65_HS1-834228961_62-HQ-83894_Section_1
Agency: FBI
Page 62
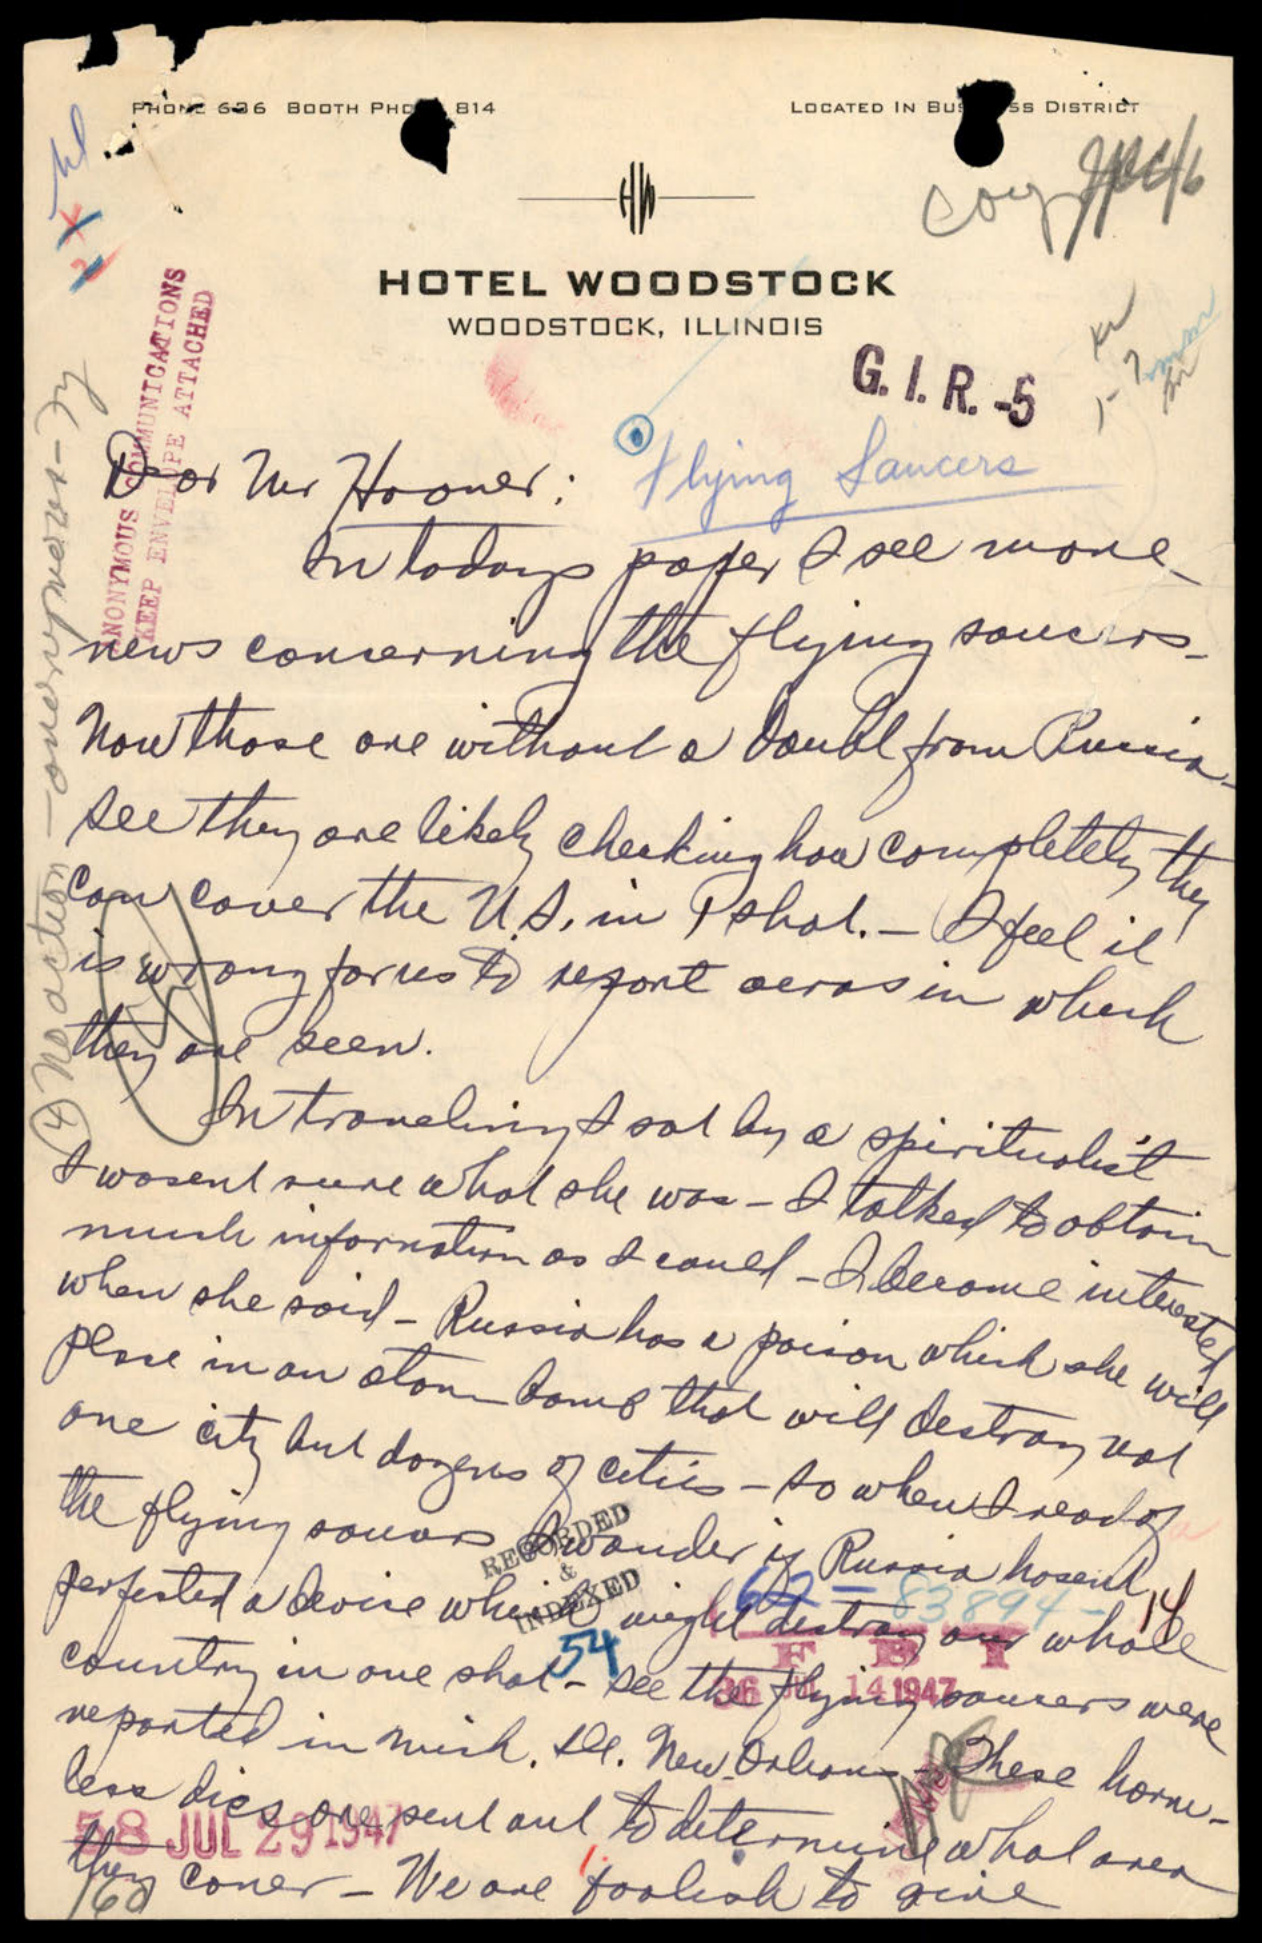